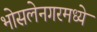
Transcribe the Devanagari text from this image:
भोसलेनगरमध्ये